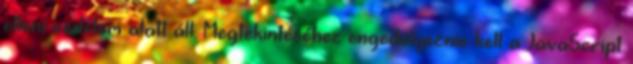
elleni védelem alatt áll. Megtekintéséhez engedélyeznie kell a JavaScript